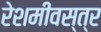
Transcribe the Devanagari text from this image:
रेशमीवस्त्र